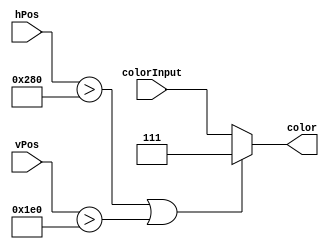
`timescale 1ns / 1ps
//////////////////////////////////////////////////////////////////////////////////
// Company:
// Engineer:
//
// Design Name:
// Module Name:    FinalColor
// Project Name:
// Target Devices:
// Tool versions:
// Description:
//
// Dependencies:
//
// Revision:
// Revision 0.01 - File Created
// Additional Comments:
//
//////////////////////////////////////////////////////////////////////////////////

module FinalColor(
    input [2:0] colorInput,
    input [9:0] hPos,
    input [9:0] vPos,
    output [2:0] color
    );

parameter SCREEN_WIDTH = 640 ;
parameter SCREEN_HEIGHT = 480 ;
parameter NONE = 7;

reg [2:0] color_reg ;
assign color = color_reg ;

always @(hPos, vPos) begin
	if (hPos>SCREEN_WIDTH | vPos>SCREEN_HEIGHT) begin
			color_reg <= NONE ;
	end

	else begin
		color_reg <= colorInput ;
	end
end
endmodule